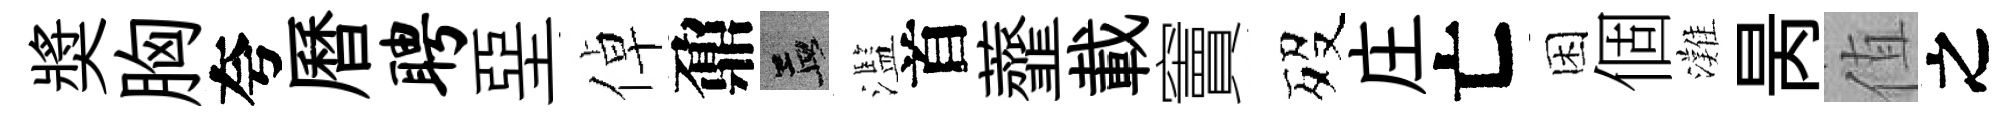
奬胸夸曆聘堊倬鼐孟濫首虀載竇歿庄亡困個灘昺值之